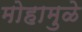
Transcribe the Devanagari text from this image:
मोहामुळे